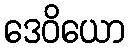
ဒေဝိယော